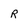
Character: R